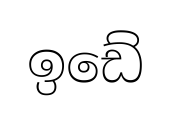
ඉඩේ